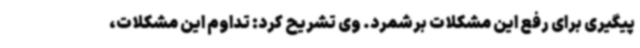
پیگیری برای رفع این مشکلات برشمرد. وی تشریح کرد: تداوم این مشکلات،